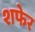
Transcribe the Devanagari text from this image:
शफेर